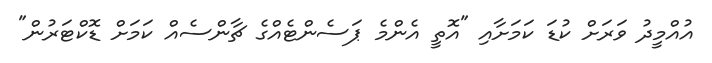
އުއްމީދު ވަރަށް ކުޑަ ކަމަށާއި "އޮތީ އެންމެ ޕަސެންޓެއްގެ ޗާންސެއް ކަމަށް ޑޮކްޓަރުން"